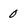
Character: 0